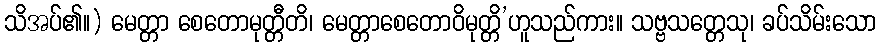
သိအပ်၏။) မေတ္တာ စေတောမုတ္တီတိ၊ မေတ္တာစေတောဝိမုတ္တိ’ဟူသည်ကား။ သဗ္ဗသတ္တေသု၊ ခပ်သိမ်းသော